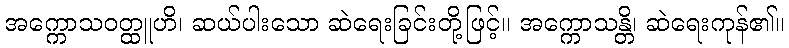
အက္ကောသဝတ္ထူဟိ၊ ဆယ်ပါးသော ဆဲရေးခြင်းတို့ဖြင့်။ အက္ကောသန္တိ၊ ဆဲရေးကုန်၏။